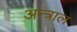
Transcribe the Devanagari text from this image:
अन्त्राल